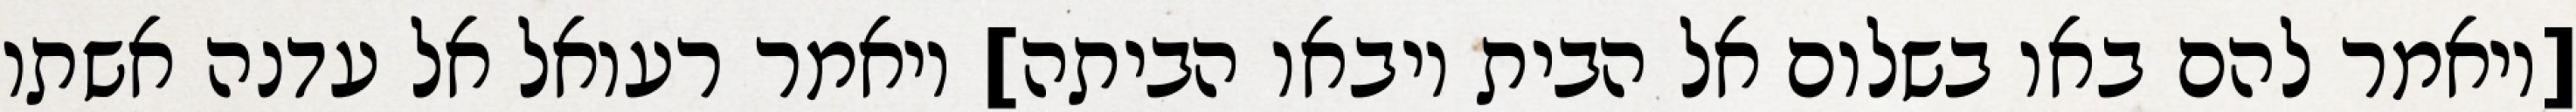
[ויאמר להם באו בשלום אל הבית ויבאו הביתה] ויאמר רעואל אל עדנה אשתו